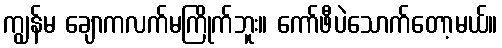
ကျွန်မ ချောကလက်မကြိုက်ဘူး။ ကော်ဖီပဲသောက်တော့မယ်။